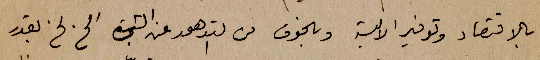
بالاقتصاد وتوفير الالبسة وبالخوف من التدهور عن الشجرة الخ الخ بقدر